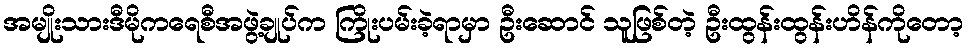
အမျိုးသားဒီမိုကရေစီအဖွဲ့ချုပ်က ကြိုးပမ်းခဲ့ရာမှာ ဦးဆောင် သူဖြစ်တဲ့ ဦးထွန်းထွန်းဟိန်ကိုတော့